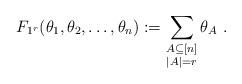
LaTeX: \begin{align*}F_{1^r}(\theta_1, \theta_2, \ldots, \theta_n) := \sum_{\substack{A \subseteq [n]\\|A|=r}} \theta_A~.\end{align*}